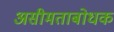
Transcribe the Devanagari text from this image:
असीमताबोधक